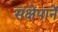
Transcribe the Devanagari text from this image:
संक्षेपानें